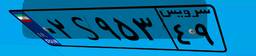
۰۲S۹۵۳۴۹